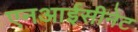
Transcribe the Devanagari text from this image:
एनआईसीनेट